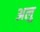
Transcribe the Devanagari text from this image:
अलु